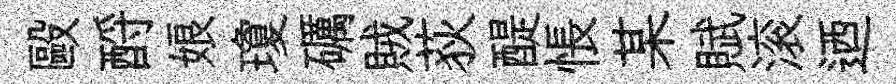
毆酹娘瓊礪賊荻醍悵某賦滚迺